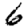
Digit: 6